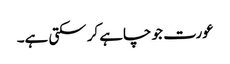
عورت جو چاہے کر سکتی ہے۔